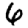
Digit: 6